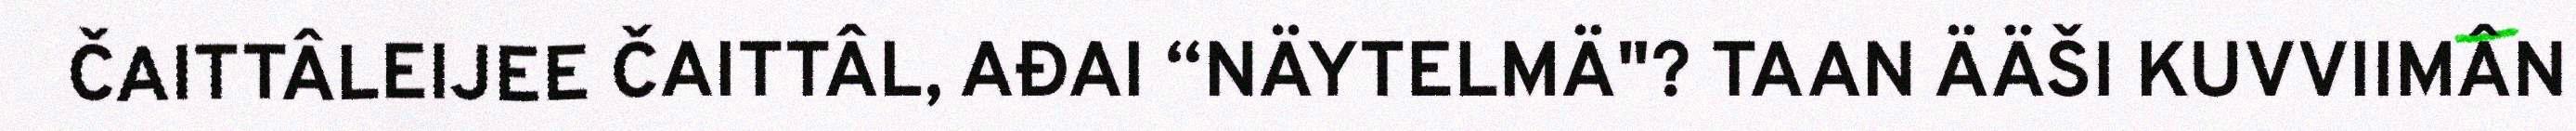
ČAITTÂLEIJEE ČAITTÂL, AĐAI “NÄYTELMÄ"? TAAN ÄÄŠI KUVVIIMÂN